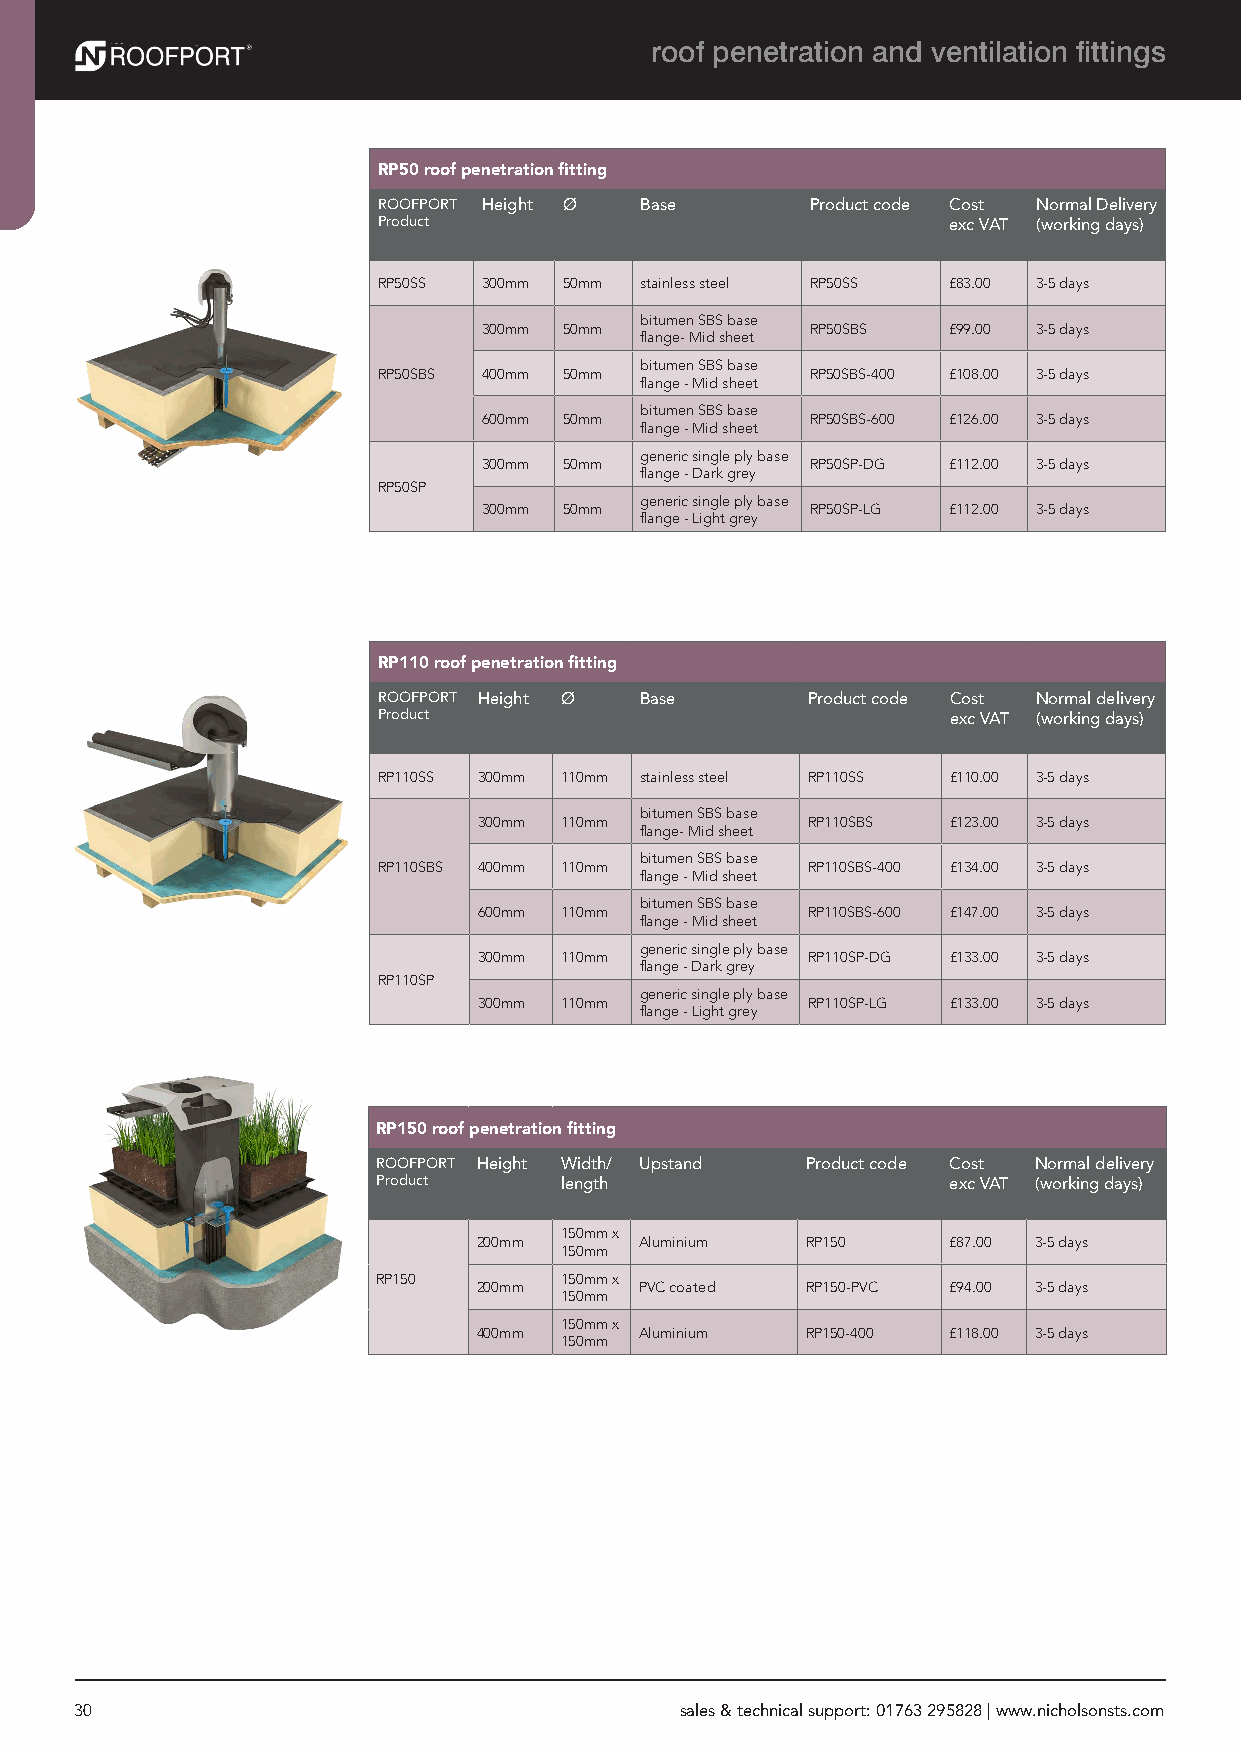
roof penetration and ventilation fittings
 RP50 roof penetration fitting
 ROOFPORT Height Ø Base       Product code Cost Normal Delivery
 Product                               exc VAT (working days)
 RP50SS 300mm 50mm stainless steel RP50SS £83.00 3-5 days
 bitumen SBS base
 300mm 50mm            RP50SBS  £99.00 3-5 days
 flange- Mid sheet
 bitumen SBS base
 RP50SBS 400mm 50mm           RP50SBS-400 £108.00 3-5 days
 flange - Mid sheet
 bitumen SBS base
 600mm 50mm            RP50SBS-600 £126.00 3-5 days
 flange - Mid sheet
 generic single ply base
 300mm 50mm            RP50SP-DG £112.00 3-5 days
 flange - Dark grey
 RP50SP
 generic single ply base
 300mm 50mm            RP50SP-LG £112.00 3-5 days
 flange - Light grey
 RP110 roof penetration fitting
 ROOFPORT Height Ø Base      Product code Cost Normal delivery
 Product                               exc VAT (working days)
 RP110SS 300mm 110mm stainless steel RP110SS £110.00 3-5 days
 bitumen SBS base
 300mm 110mm          RP110SBS  £123.00 3-5 days
 flange- Mid sheet
 bitumen SBS base
 RP110SBS 400mm 110mm        RP110SBS-400 £134.00 3-5 days
 flange - Mid sheet
 bitumen SBS base
 600mm 110mm          RP110SBS-600 £147.00 3-5 days
 flange - Mid sheet
 generic single ply base
 300mm 110mm          RP110SP-DG £133.00 3-5 days
 flange - Dark grey
 RP110SP
 generic single ply base
 300mm 110mm          RP110SP-LG £133.00 3-5 days
 flange - Light grey
 RP150 roof penetration fitting
 ROOFPORT Height Width/ Upstand Product code Cost Normal delivery
 Product     length                    exc VAT (working days)
 150mm x
 200mm     Aluminium  RP150     £87.00 3-5 days
 150mm
 RP150       150mm x
 200mm     PVC coated RP150-PVC £94.00 3-5 days
 150mm
 150mm x
 400mm     Aluminium  RP150-400 £118.00 3-5 days
 150mm
 30                                      sales & technical support: 01763 295828 | www.nicholsonsts.com